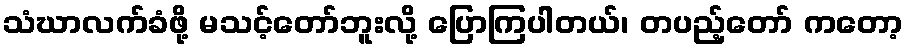
သံဃာလက်ခံဖို့ မသင့်တော်ဘူးလို့ ပြောကြပါတယ်၊ တပည့်တော် ကတော့